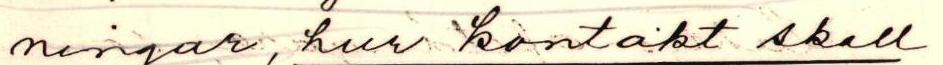
ningar, hur kontakt skall